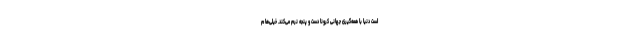
است دنیا با همه‌گیری جهانی کرونا دست و پنجه نرم می‌کند. خیلی‌ها م